Indian journal of veterinary science and animal husbandry - Volume 2,
Year: 1932
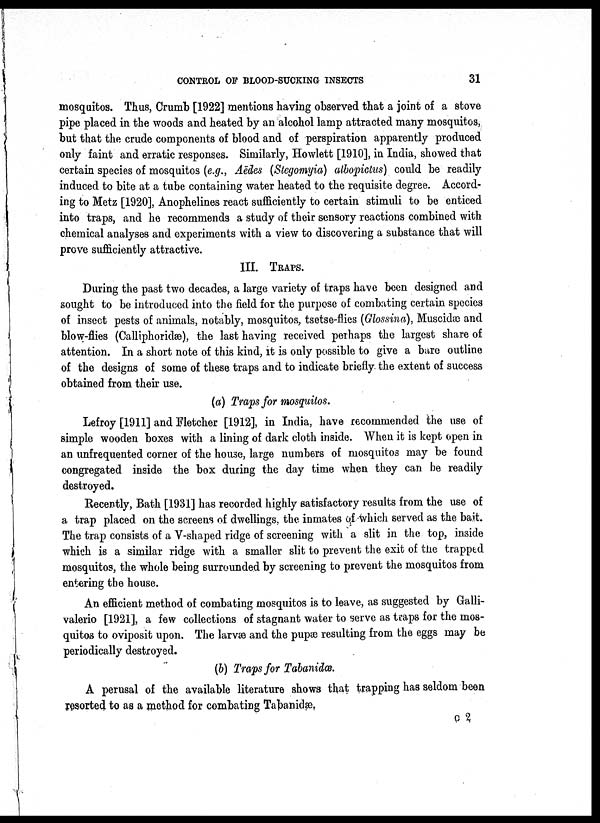
CONTROL OF BLOOD-SUCKING INSECTS
31
mosquitos. Thus, Crumb [1922] mentions having observed that a joint of a stove
pipe placed in the woods and heated by an alcohol lamp attracted many mosquitos,
but that the crude components of blood and of perspiration apparently produced
only faint and erratic responses. Similarly, Howlett [1910], in India, showed that
certain species of mosquitos (e.g., Aëdes (Stegomyia) albopictus) could be readily
induced to bite at a tube containing water heated to the requisite degree. Accord-
ing to Metz [1920], Anophelines react sufficiently to certain stimuli to be enticed
into traps, and he recommends a study of their sensory reactions combined with
chemical analyses and experiments with a view to discovering a substance that will
prove sufficiently attractive.
III. TRAPS.
During the past two decades, a large variety of traps have been designed and
sought to be introduced into the field for the purpose of combating certain species
of insect pests of animals, notably, mosquitos, tsetse-flies (Glossina), Muscidæ and
blow-flies (Calliphoridæ), the last having received perhaps the largest share of
attention. In a short note of this kind, it is only possible to give a bare outline
of the designs of some of these traps and to indicate briefly the extent of success
obtained from their use.
(a) Traps for mosquitos.
Lefroy [1911] and Fletcher [1912], in India, have recommended the use of
simple wooden boxes with a lining of dark cloth inside. When it is kept open in
an unfrequented corner of the house, large numbers of mosquitos may be found
congregated inside the box during the day time when they can be readily
destroyed.
Recently, Bath [1931] has recorded highly satisfactory results from the use of
a trap placed on the screens of dwellings, the inmates of which served as the bait.
The trap consists of a V-shaped ridge of screening with a slit in the top, inside
which is a similar ridge with a smaller slit to prevent the exit of the trapped
mosquitos, the whole being surrounded by screening to prevent the mosquitos from
entering the house.
An efficient method of combating mosquitos is to leave, as suggested by Galli¬
valerio [1921], a few collections of stagnant water to serve as traps for the mos-
quitos to oviposit upon. The larvæ and the pupæ resulting from the eggs may be
periodically destroyed.
(b) Traps for Tabanidæ.
A perusal of the available literature shows that trapping has seldom been
resorted to as a method for combating Tabanidæ.
C 2